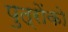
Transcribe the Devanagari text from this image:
पुत्राेंकाे